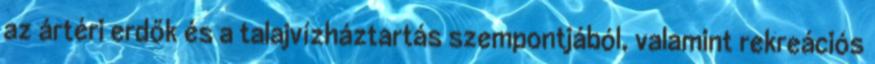
az ártéri erdők és a talajvízháztartás szempontjából, valamint rekreációs